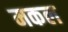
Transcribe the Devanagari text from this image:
मकल